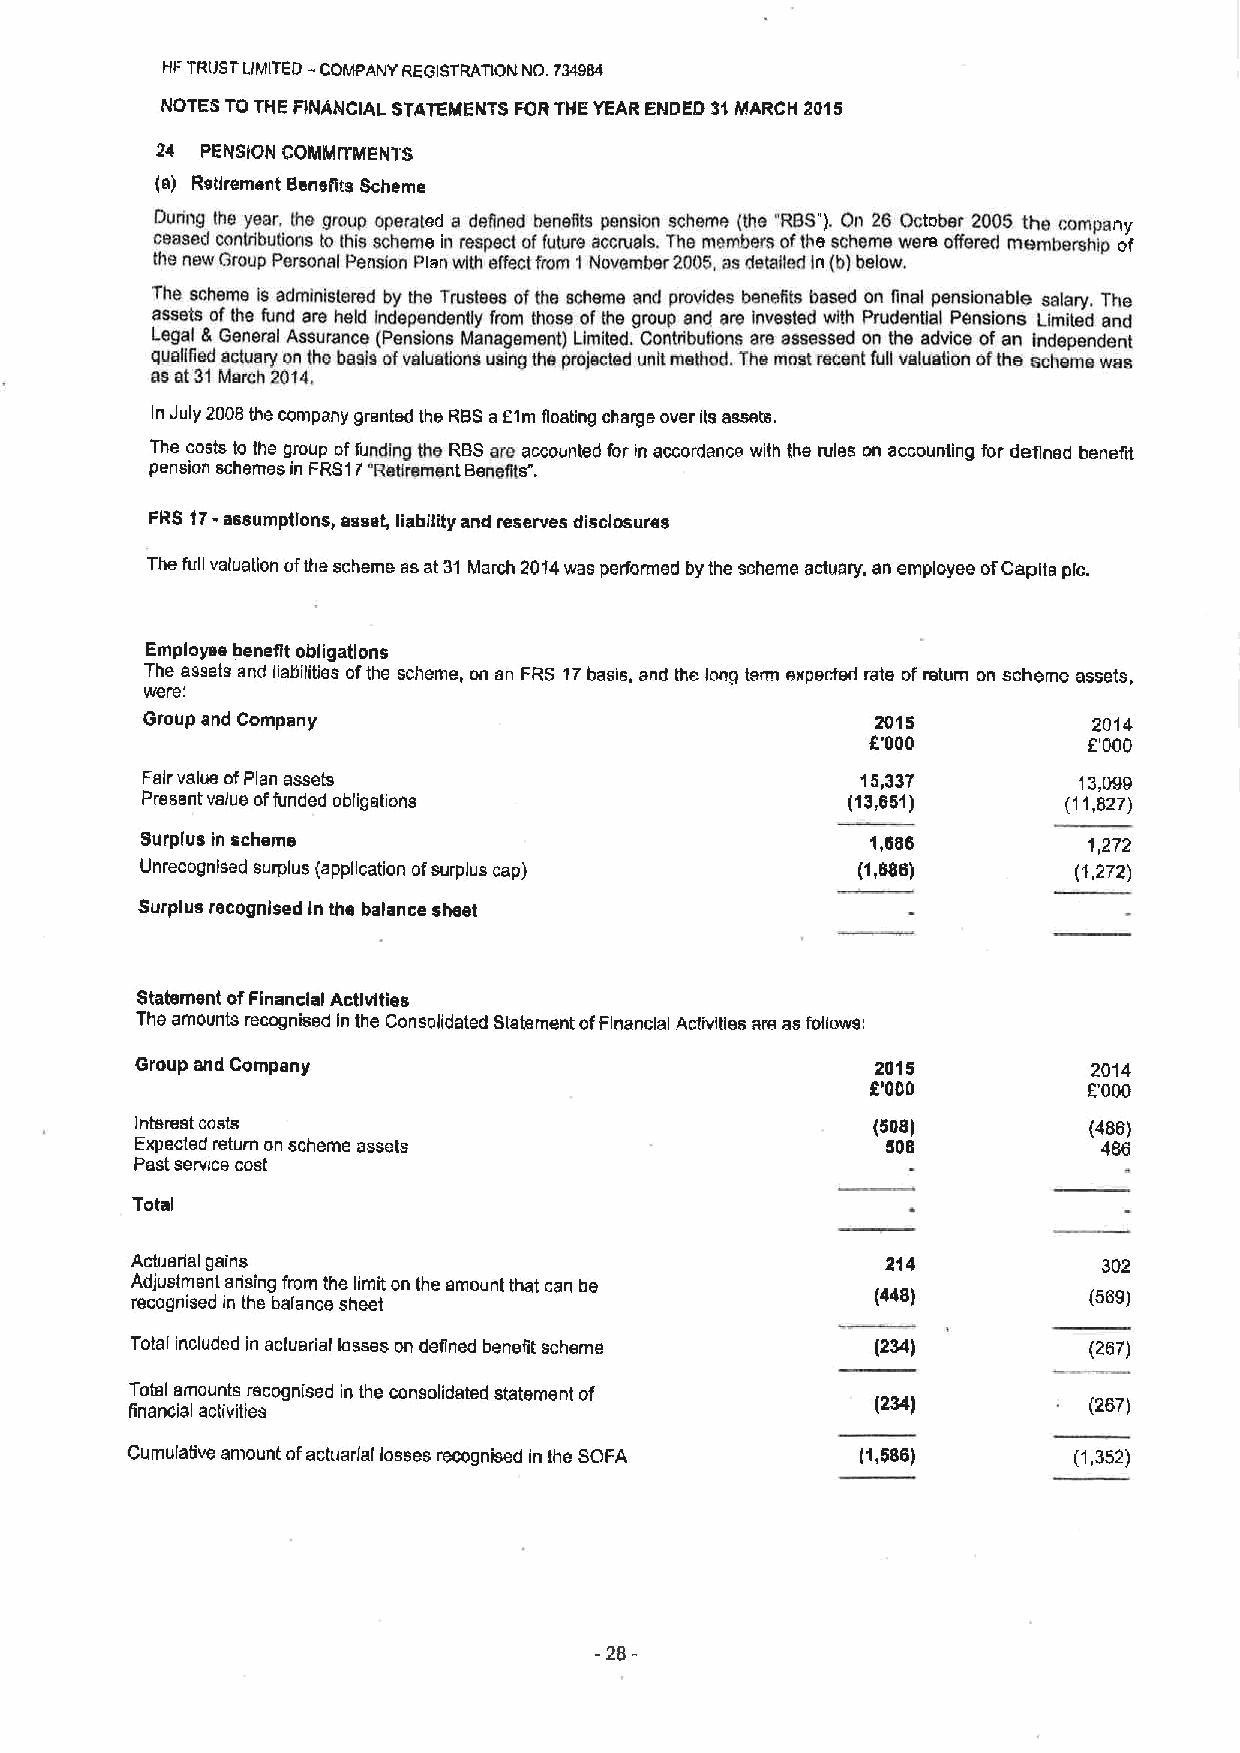
-
 NF TRUSTLIMITED COIIIIPANY REGISTRATION NO. 734984
 NOTES TO THE RNANCIAL STATEMENTS FORTHE YEAR ENDED 31MARCH 2015
 24 PENSION COMMITMENTS
 (9} Retirement Benefits Scheme
 IZuring Ihe year. Ihe gmup operated a deened bensets pension scheme (the 'RBS"). On 26 October 200S the company
 ceased contribueons to this scheme in respect affuture accrusls. The members ofthe schema were atfsred membership of
 the naw Group Personal pension plan with effectfrom 1Novernbsr 2005,as dstailsrl in (b)below.
 The scheme is administered by the Trustees ofthe scheme and provides beneecr based on encl pensionable salary, The
 assets ofIhe fund ars held Independently from those ofIhe group and are invested with Prudential Pensione Limited end
 Legal 5 General Assurance (pensions Management) Limited. Cantrlbutians sre assessed an the advice ofan independent
 gua56ed acluary on the basis ofveluaeons using the pm)ected unit methad. Ths mast recent full valuation ofIhe scheme wes
 as at 31March 2014.
 In July 2006the company granted the RBSa61m floating charge over its assets.
 The costs to the group offunding the RBSare accounted for in accordance with the rules on accounting for defined benefit
 pension schemes in FRS17'Retirement Beneets'L
 FRS 17-assumptions, asset, liability and reserves disdosures
 The full valuation ofthe scheme as at 31 March 2014was performed by the scheme actuary, an employee ofCapita pic.
 Employee benefit obligations
 The assets and liabilities ofthe scheme, on an FRS 17basis, and ihe long term expected rate ofreturn on scheme assets,
 were.'
 Group and Company                                2015          2014
 E'000         f.'000
 Fair value ofPlan assets                        15,337        13,099
 Present value offunded obligations             (13,651)       (11,627)
 Surplus in scheme                                1,eee         1,272
 Unrecognised surplus (application ofsurplus cap) (1,686)      (1,272)
 Surplus recognised In the balance sheet
 Statement ofFinancial Activities
 The amounts recognised in the consolidated statement ofFinancial Activities are as follows'
 Group and Company                                2015          2014
 6'000         E000
 Intelsat costs                                   (508)         (486)
 Expected return on scheme assets                  508           466
 Past service cost
 Total
 Actuarial gains                                   214           302
 Adjustment arising from the limit on the amount that can be
 recognised in the balance sheet                  (448)         (569)
 Total included in actuarial losses on defined benefit scheme (234) (267)
 Total amounts recognised in the consolidated statement of
 (234)         (267)
 financial activities
 Cumulative amount ofactuarial losses recognised in the SOFA (1,586) (1,352)
 28-